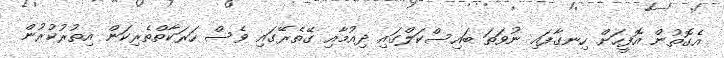
އެގޮތުން އޮފީހަށް ހިނގާފައި ނުވަތަ ބައިސްކަލްގައި ދިއުމާއި ގޭތެރޭގައި ވެސް ހަރަކާތްތެރިކަން އިތުރުކުރުން